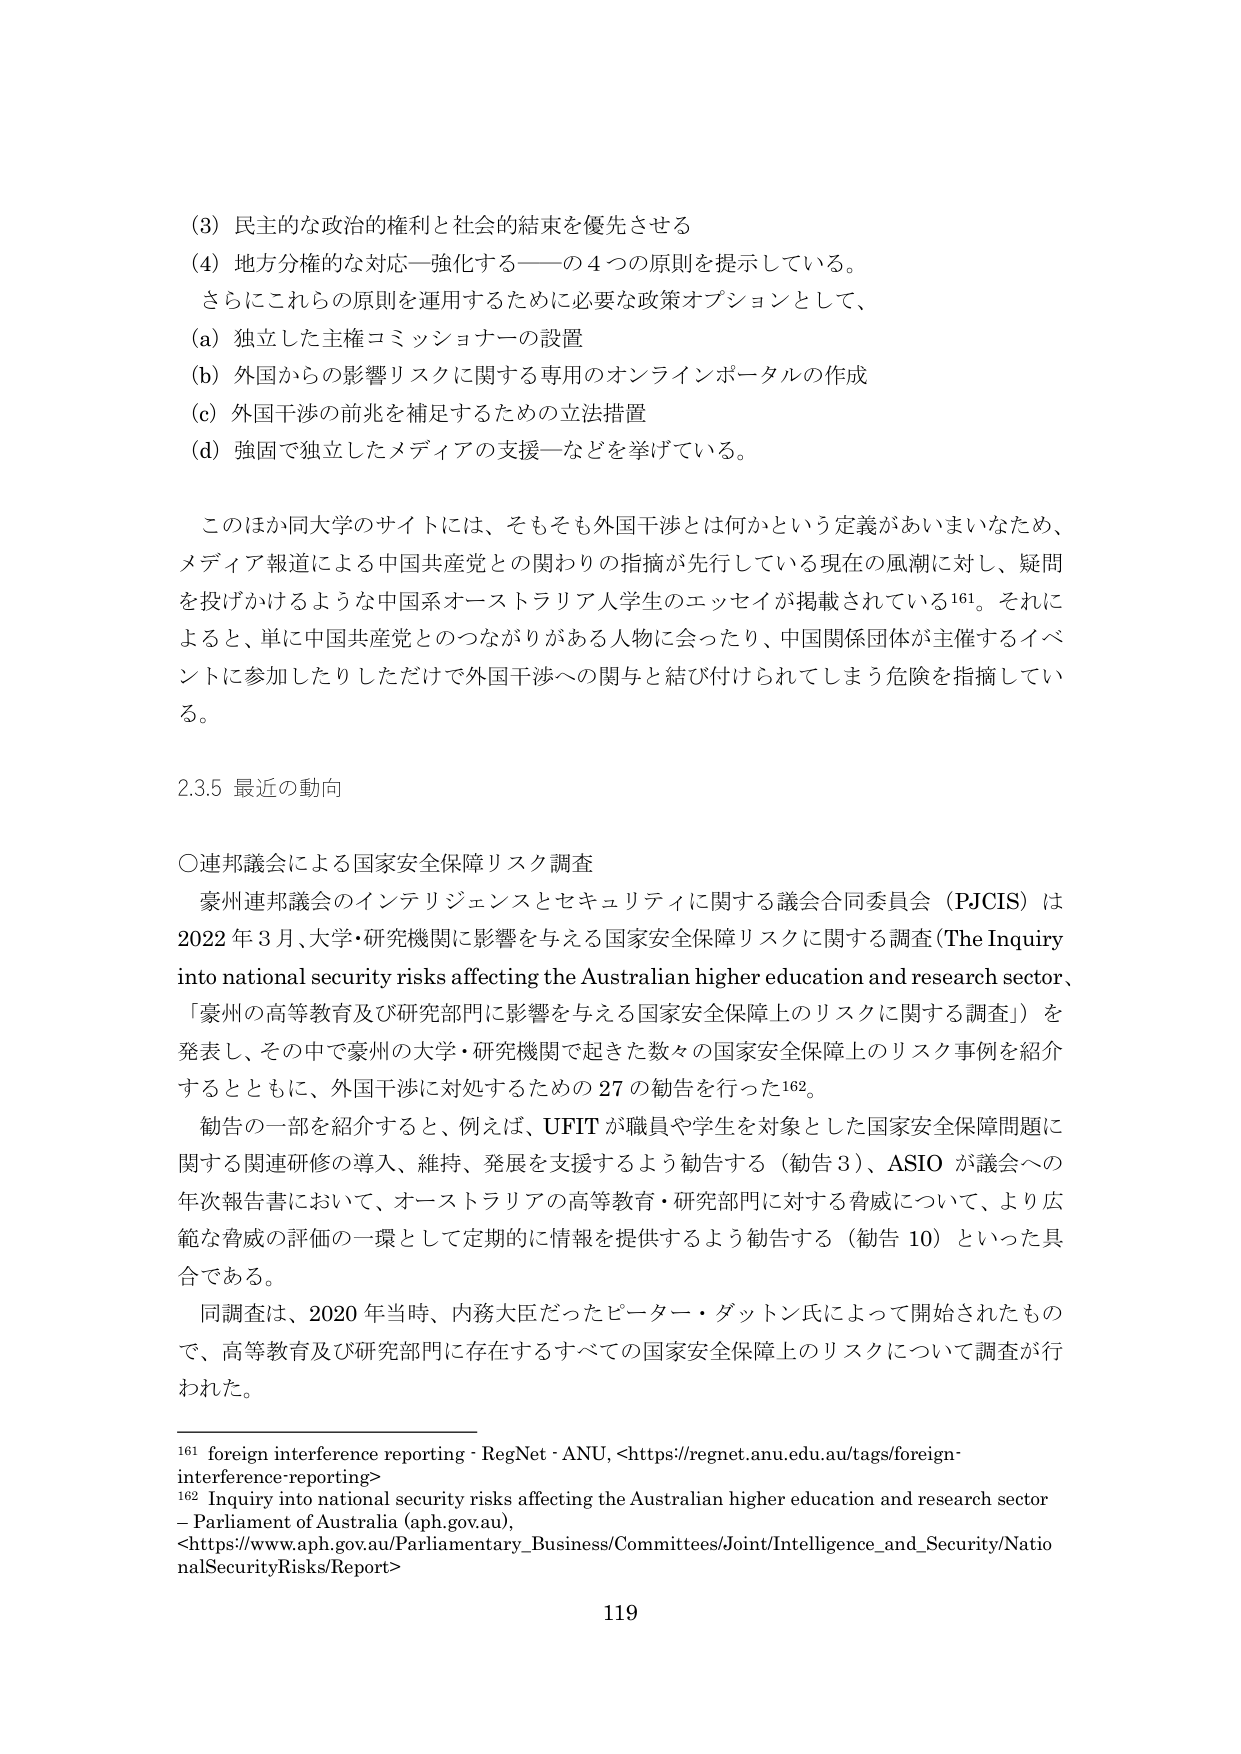
(3) 民主的な政治的権利と社会的結束を優先させる
(4) 地方分権的な対応―強化する――の4つの原則を提示している。
　さらにこれらの原則を運用するために必要な政策オプションとして、
(a) 独立した主権コミッショナーの設置
(b) 外国からの影響リスクに関する専用のオンラインポータルの作成
(c) 外国干渉の前兆を補足するための立法措置
(d) 強固で独立したメディアの支援―などを挙げている。

　このほか同大学のサイトには、そもそも外国干渉とは何かという定義があいまいなため、
メディア報道による中国共産党との関わりの指摘が先行している現在の風潮に対し、疑問
を投げかけるような中国系オーストラリア人学生のエッセイが掲載されている¹⁶¹。それに
よると、単に中国共産党とのつながりがある人物に会ったり、中国関係団体が主催するイベ
ントに参加したりしただけで外国干渉への関与と結び付けられてしまう危険を指摘してい
る。

2.3.5 最近の動向

〇連邦議会による国家安全保障リスク調査
　豪州連邦議会のインテリジェンスとセキュリティに関する議会合同委員会（PJCIS）は
2022年3月、大学・研究機関に影響を与える国家安全保障リスクに関する調査（The Inquiry
into national security risks affecting the Australian higher education and research sector、
「豪州の高等教育及び研究部門に影響を与える国家安全保障上のリスクに関する調査」）を
発表し、その中で豪州の大学・研究機関で起きた数々の国家安全保障上のリスク事例を紹介
するとともに、外国干渉に対処するための27の勧告を行った¹⁶²。
　勧告の一部を紹介すると、例えば、UFITが職員や学生を対象とした国家安全保障問題に
関する関連研修の導入、維持、発展を支援するよう勧告する（勧告3）、ASIOが議会への
年次報告書において、オーストラリアの高等教育・研究部門に対する脅威について、より広
範な脅威の評価の一環として定期的に情報を提供するよう勧告する（勧告10）といった具
合である。
　同調査は、2020年当時、内務大臣だったピーター・ダットン氏によって開始されたもの
で、高等教育及び研究部門に存在するすべての国家安全保障上のリスクについて調査が行
われた。

¹⁶¹ foreign interference reporting - RegNet - ANU, <https://regnet.anu.edu.au/tags/foreign-interference-reporting>
¹⁶² Inquiry into national security risks affecting the Australian higher education and research sector
– Parliament of Australia (aph.gov.au),
<https://www.aph.gov.au/Parliamentary_Business/Committees/Joint/Intelligence_and_Security/NationalSecurityRisks/Report>

119